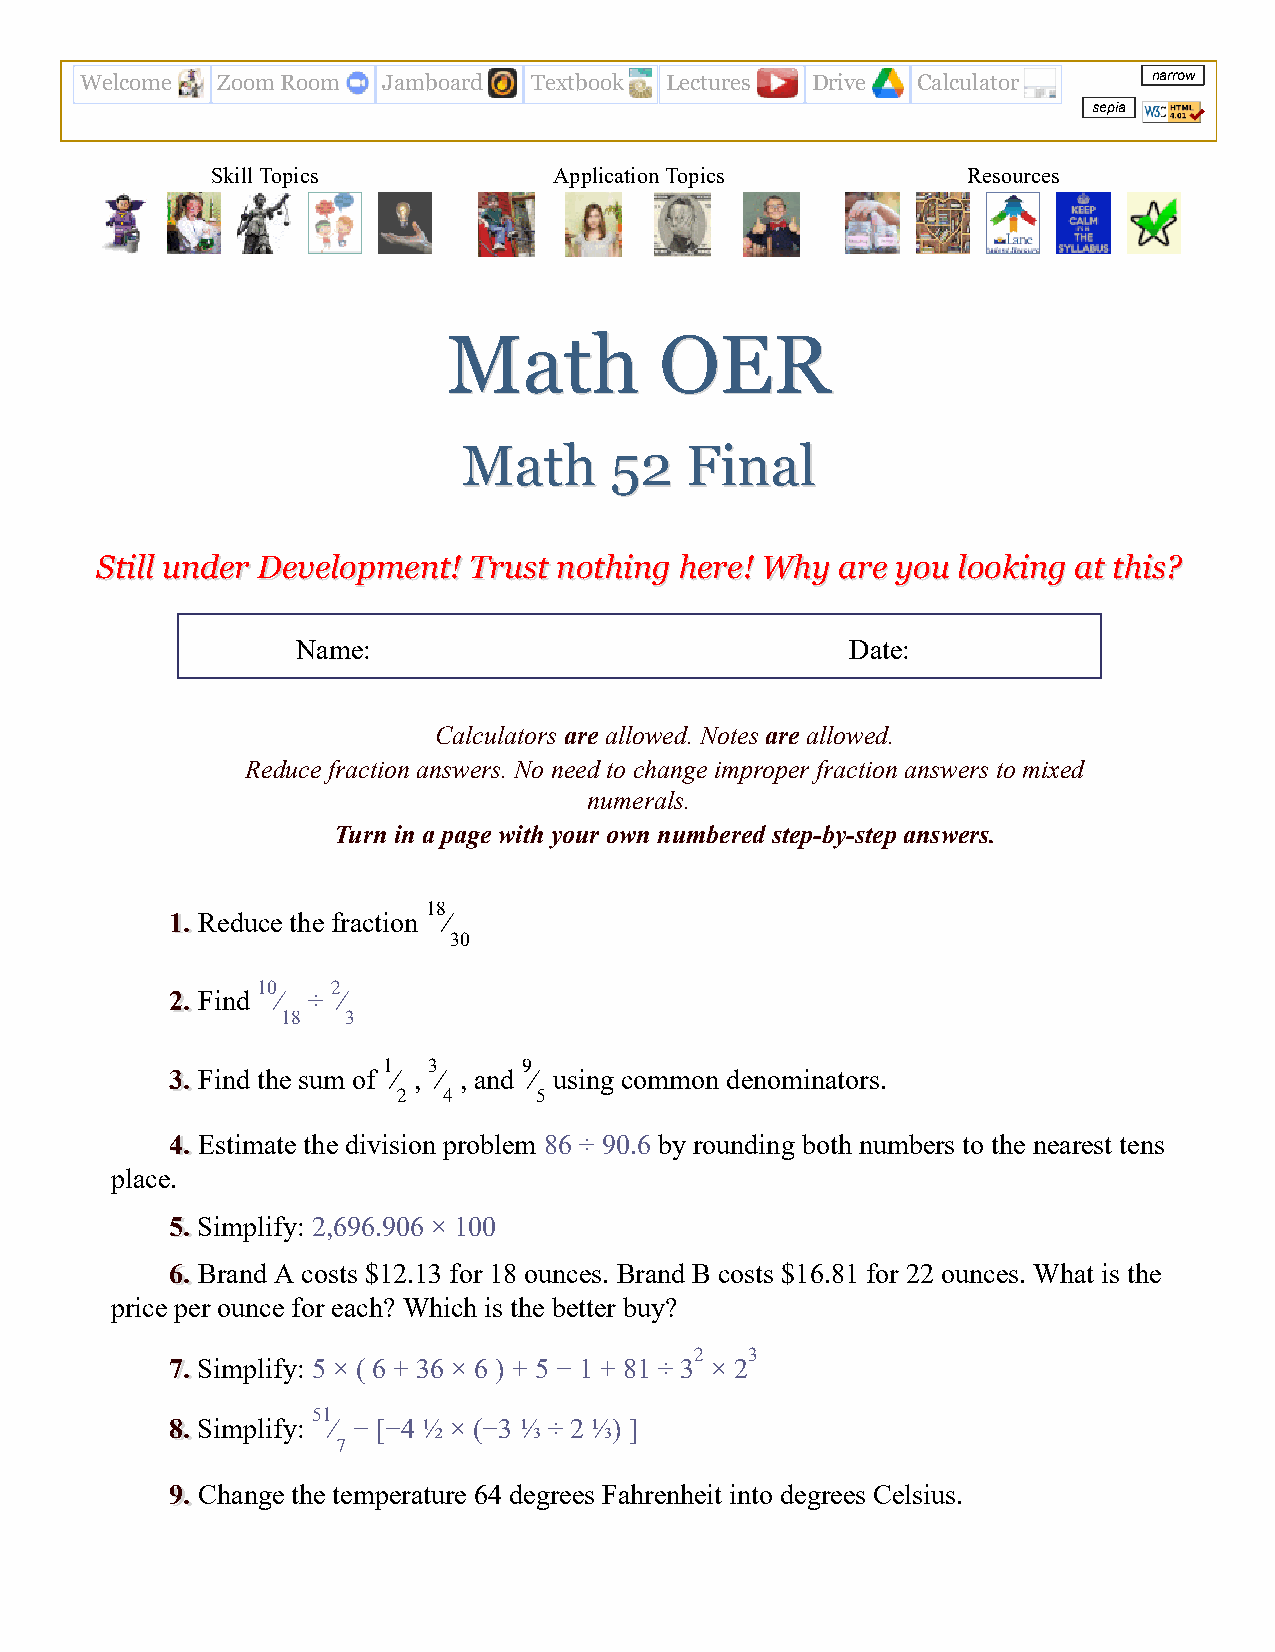
Welcome  Zoom Room  Jamboard  Textbook Lectures  Drive  Calculator     narrow
 sepia
 Skill Topics           Application Topics         Resources
 MMaatthh      OOEERR
 MMaatthh 5522 FFiinnaall
 SSttiillll uunnddeerr DDeevveellooppmmeenntt!! TTrruusstt nnootthhiinngg hheerree!! WWhhyy aarree yyoouu llooookkiinngg aatt tthhiiss??
 Name:                               Date:
 Calculators are allowed. Notes are allowed.
 Reduce fraction answers. No need to change improper fraction answers to mixed
 numerals.
 Turn in a page with your own numbered step-by-step answers.
 18
 11.. Reduce the fraction ⁄
 30
 10   2
 22.. Find ⁄ ÷ ⁄
 18  3
 1  3      9
 33.. Find the sum of ⁄ , ⁄ , and ⁄ using common denominators.
 2  4     5
 44.. Estimate the division problem 86 ÷ 90.6 by rounding both numbers to the nearest tens
 place.
 55.. Simplify: 2,696.906 × 100
 66.. Brand A costs $12.13 for 18 ounces. Brand B costs $16.81 for 22 ounces. What is the
 price per ounce for each? Which is the better buy?
 2   3
 77.. Simplify: 5 × ( 6 + 36 × 6 ) + 5 − 1 + 81 ÷ 3 × 2
 51
 88.. Simplify: ⁄ − [−4 ½ × (−3 ⅓ ÷ 2 ⅓) ]
 7
 99.. Change the temperature 64 degrees Fahrenheit into degrees Celsius.